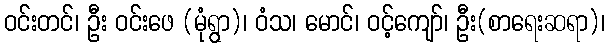
ဝင်းတင်၊ ဦး ဝင်းဖေ (မုံရွာ)၊ ဝံသ၊ မောင်၊ ဝင့်ကျော်၊ ဦး(စာရေးဆရာ)၊